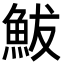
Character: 鮁